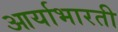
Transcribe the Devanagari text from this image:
आर्याभारती